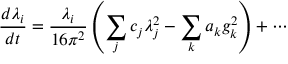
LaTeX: { \frac { d \lambda _ { i } } { d t } } = { \frac { \lambda _ { i } } { 1 6 \pi ^ { 2 } } } \left( \sum _ { j } c _ { j } \lambda _ { j } ^ { 2 } - \sum _ { k } a _ { k } g _ { k } ^ { 2 } \right) + \cdots